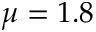
\mu = 1 . 8